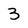
Character: 3